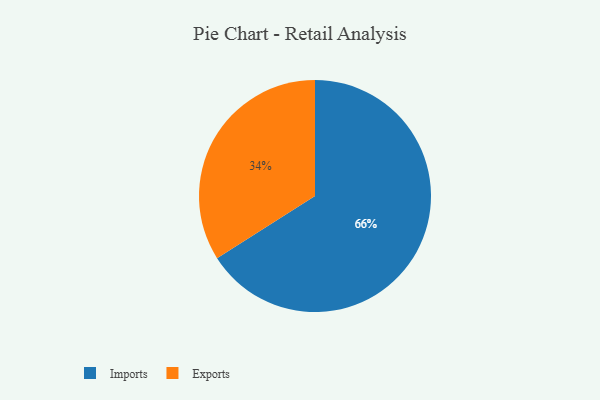
{"axis": {"x": "Category", "y": "Percentage"}, "legend": ["Exports", "Imports"], "data": [{"x": "Exports", "y": 34, "type": "Exports"}, {"x": "Imports", "y": 66, "type": "Imports"}]}